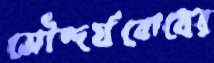
সৌন্দর্যবোধের